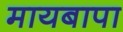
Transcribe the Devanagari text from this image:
मायबापा